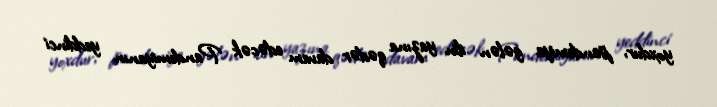
yoxdur, pandemiya gələn ilin yazına qədər davam edəcək Pandemiyanın yeddinci